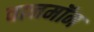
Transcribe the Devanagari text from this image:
वानमॉन